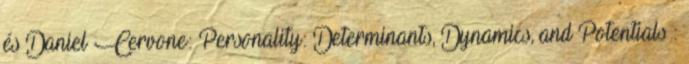
és Daniel Cervone: Personality: Determinants, Dynamics, and Potentials :